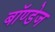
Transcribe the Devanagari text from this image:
बॉण्डेज